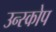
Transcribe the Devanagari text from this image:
उन्स्कोप